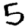
Digit: 5